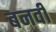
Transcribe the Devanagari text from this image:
बनवी